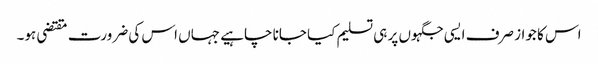
اس کا جواز صرف ایسی جگہوں پر ہی تسلیم کیا جانا چاہیے جہاں اس کی ضرورت مقتضی ہو۔